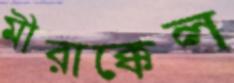
মীরাক্কেল